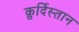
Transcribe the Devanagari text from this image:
क़ुर्दिस्तान